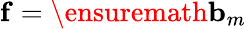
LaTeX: \mathbf{f}=\ensuremath{\mathbf{b}}_{m}